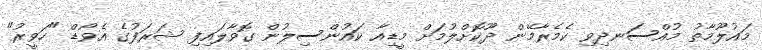
މައުލޫމާތު މުއްސަނދިވި ކެމެރާމޭން ދޫކޮށްލުމަށް މީޑިއާ ކައުންސިލުން ގޮވާލައިފި ޝަރަފުގެ އެވޯޑް "ހަވީރު"